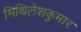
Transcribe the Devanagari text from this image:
मिथिलेशकुमार